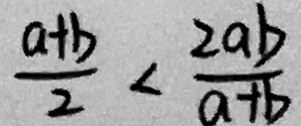
\frac { a + b } { 2 } < \frac { 2 a b } { a + b }